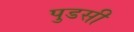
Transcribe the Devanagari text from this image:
पुडसी